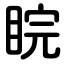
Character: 睆